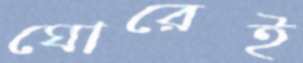
ঘোরেই